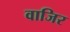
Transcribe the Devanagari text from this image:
वाजिर